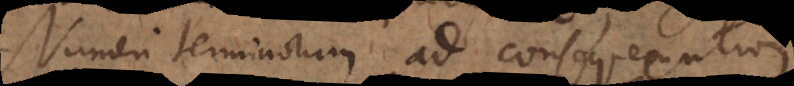
Numeri terminorum ad consequentiam